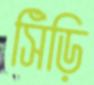
সিঁড়ি